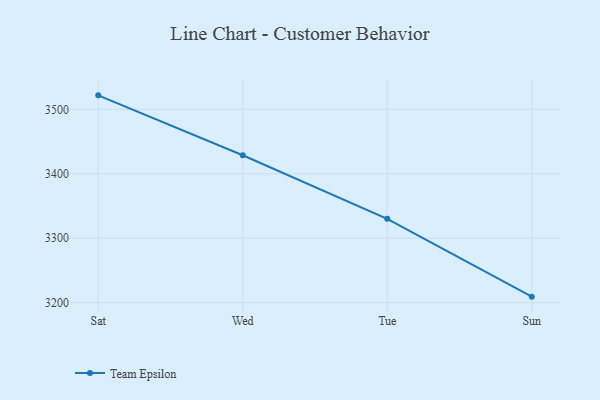
{"axis": {"x": "Day", "y": "Gross Profit (USD K)"}, "legend": ["Team Epsilon"], "data": [{"x": "Sat", "y": 3521.7, "type": "Team Epsilon"}, {"x": "Wed", "y": 3428.7, "type": "Team Epsilon"}, {"x": "Tue", "y": 3330.0, "type": "Team Epsilon"}, {"x": "Sun", "y": 3209.2, "type": "Team Epsilon"}]}